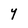
Character: Y